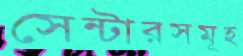
সেন্টারসমূহ